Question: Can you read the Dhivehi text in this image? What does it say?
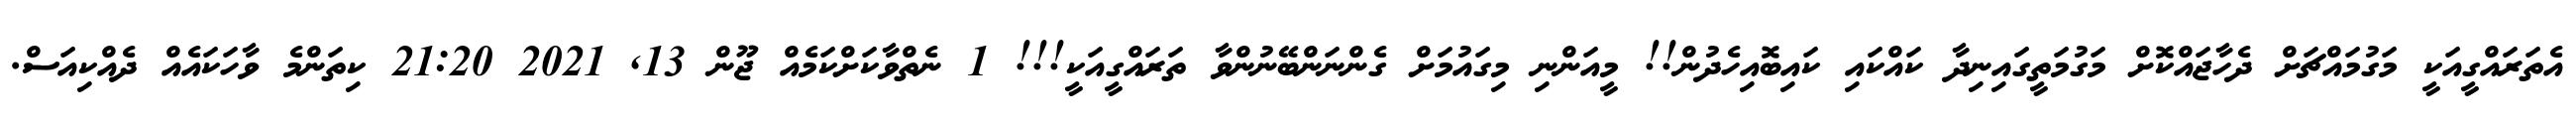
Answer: އެތަރައްގީއަކީ މަގުމައްޗަށް ދެހާޖައްކޮށް މަގުމަތީގައިނިދާ ކައްކައި ކައިބޮއިހެދުން!! މީއަންނި މިގައުމަށް ގެންނަންބޭނުންވާ ތަރައްގީއަކީ!!! 1 ނެތްވާކަށްކަމެއް ޖޫން 13, 2021 21:20 ކިތަންމެ ވާހަކައެއް ދެއްކިއަސް.